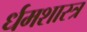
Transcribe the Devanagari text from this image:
र्धमशास्त्र